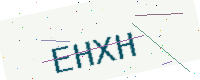
Text: EHXH